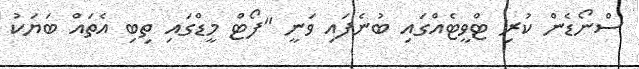
ސްނޯޑެން ކުރި ޓްވީޓެއްގައި ބުނެފައި ވަނީ "ފޯޓް މީޑްގައި ތިބި އެތައް ބަޔަކު